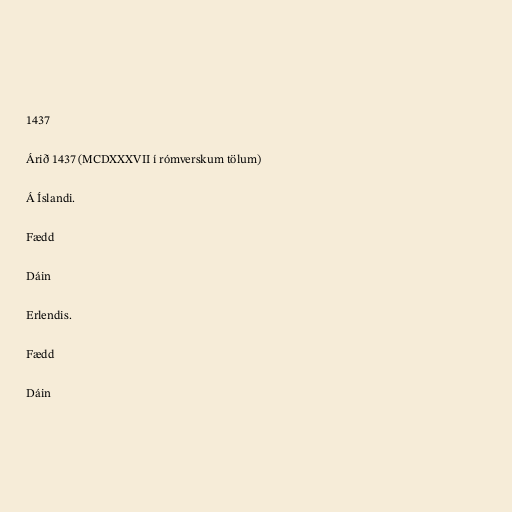
1437

Árið 1437 (MCDXXXVII í rómverskum tölum)

Á Íslandi.

Fædd

Dáin

Erlendis.

Fædd

Dáin